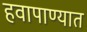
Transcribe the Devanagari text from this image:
हवापाण्यात